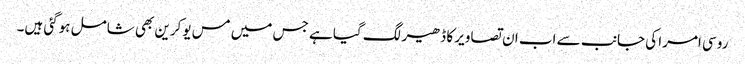
روسی امرا کی جانب سے اب ان تصاویر کا ڈھیر لگ گیا ہے جس میں مس یوکرین بھی شامل ہوگئی ہیں۔